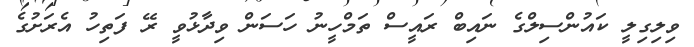
ވިލިގިލީ ކައުންސިލްގެ ނައިބް ރައީސް ތަމްހީނު ހަސަން ވިދާޅުވީ ރޭ ފަތިހު އެރަށުގެ